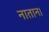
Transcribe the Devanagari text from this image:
नातान।